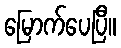
မြောက်ပေပြီ။